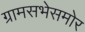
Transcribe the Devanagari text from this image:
ग्रामसभेसमोर